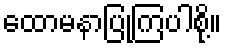
ထောမနာပြုကြပါစို့။